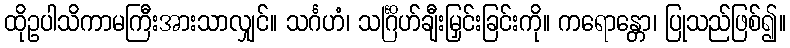
ထိုဥပါသိကာမကြီးအားသာလျှင်။ သင်္ဂဟံ၊ သင်္ဂြိဟ်ချီးမြှင်းခြင်းကို။ ကရောန္တော၊ ပြုသည်ဖြစ်၍။